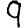
Digit: 9